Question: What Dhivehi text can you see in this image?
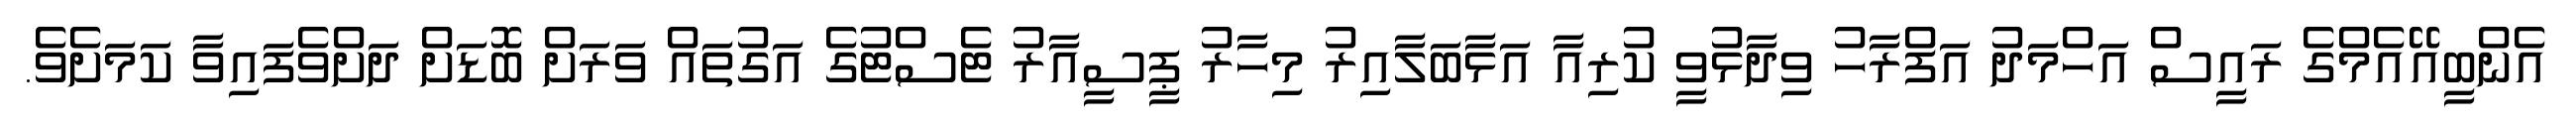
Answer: އެންބީއޭއެމްގެ ރައީސް އަހްމަދު އަފްރާހު ވިދާޅުވީ ކުރިއާ އަޅާބަލާއިރު މިހާރު ޕީސީއާރު ޓެސްޓުގެ އަގުތައް ވަރަށް ބޮޑަށް ދަށްވެފައިވާ ކަމަށެވެ.